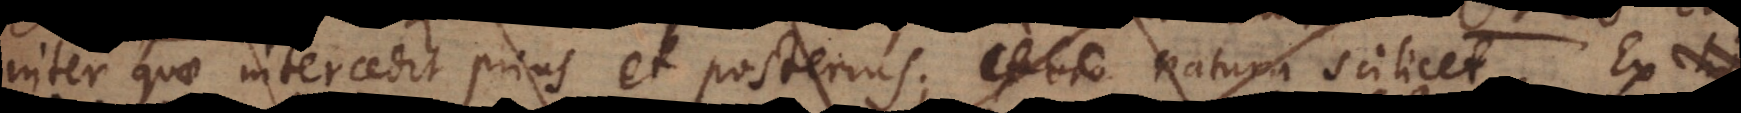
inter quae intercedit prius et posterius; natura scilicet. Ex